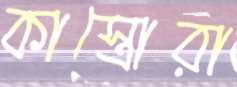
কাস্ত্রোরা